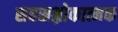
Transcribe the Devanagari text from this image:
सहस्रश्लोकात्मक